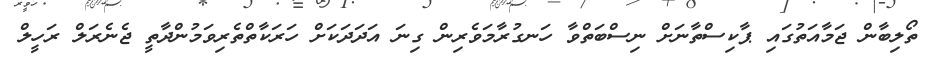
ތޯލިބާން ޖަމާއަތުގައި ޕާކިސްތާނަށް ނިސްބަތްވާ ހަނގުރާމަވެރިން ގިނަ އަދަދަކަށް ހަރަކާތްތެރިވަމުންދާތީ ޖެނެރަލް ރަހީލް